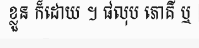
ខ្លួន ក៏ដោយ ។ ផលុប ភោគី ឬ